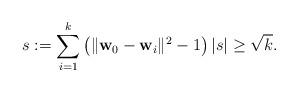
LaTeX: \begin{align*}s:=\sum_{i=1}^k \left(\|\mathbf w_0-\mathbf w_i\|^2-1\right) |s| \geq \sqrt{k}.\end{align*}